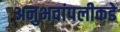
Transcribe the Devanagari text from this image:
अनुभवांपलीकडे